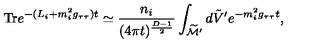
\mathrm { T r } e ^ { - ( L _ { i } + m _ { i } ^ { 2 } g _ { \tau \tau } ) t } \simeq { \frac { n _ { i } } { ( 4 \pi t ) ^ { { \frac { D - 1 } { 2 } } } } } \int _ { \widetilde { \cal M } ^ { \prime } } d \tilde { V } ^ { \prime } e ^ { - m _ { i } ^ { 2 } g _ { \tau \tau } t } ,